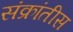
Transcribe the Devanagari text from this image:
संक्रांतीस